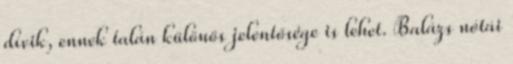
dívik, ennek talán különös jelentősége is lehet. Balázs nótái